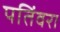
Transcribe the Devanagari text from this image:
पतिंवरा